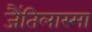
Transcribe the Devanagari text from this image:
जैंतिलास्मा